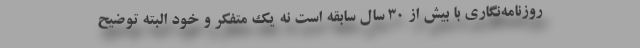
روزنامه‌نگاری با بیش از 30 سال سابقه است نه یک متفکر و خود البته توضیح